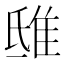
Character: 𨾦